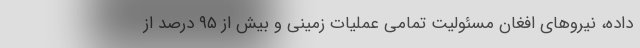
داده، نیروهای افغان مسئولیت تمامی عملیات زمینی و بیش از ۹۵ درصد از